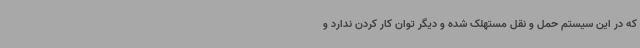
که در این سیستم حمل و نقل مستهلک شده و دیگر توان کار کردن ندارد و